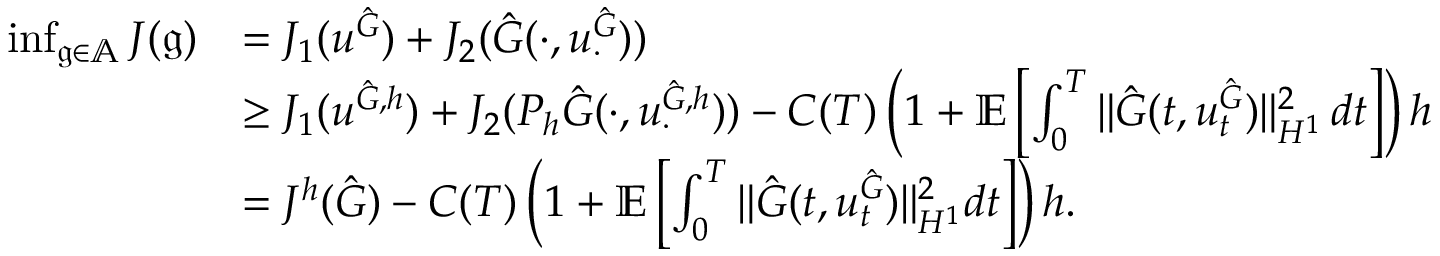
\begin{array} { r l } { \operatorname* { i n f } _ { \mathfrak { g } \in \mathbb { A } } J ( \mathfrak { g } ) } & { = J _ { 1 } ( u ^ { { \hat { G } } } ) + J _ { 2 } ( \hat { G } ( \cdot , u _ { \cdot } ^ { \hat { G } } ) ) } \\ & { \geq J _ { 1 } ( u ^ { \hat { G } , h } ) + J _ { 2 } ( P _ { h } \hat { G } ( \cdot , u _ { \cdot } ^ { \hat { G } , h } ) ) - C ( T ) \left( 1 + \mathbb { E } \left[ \int _ { 0 } ^ { T } \| \hat { G } ( t , u _ { t } ^ { \hat { G } } ) \| _ { H ^ { 1 } } ^ { 2 } \, d t \right] \right) h } \\ & { = J ^ { h } ( \hat { G } ) - C ( T ) \left( 1 + \mathbb { E } \left[ \int _ { 0 } ^ { T } \| \hat { G } ( t , u _ { t } ^ { \hat { G } } ) \| _ { H ^ { 1 } } ^ { 2 } d t \right] \right) h . } \end{array}